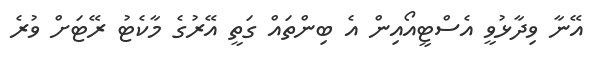
އޭނާ ވިދާޅުވީ އެސްޓީއޯއިން އެ ބިންތައް ގަތީ އޭރުގެ މާކެޓު ރޭޓަށް ވުރެ